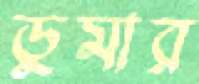
ডুমার